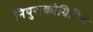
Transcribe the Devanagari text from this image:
नियुरोकोग्निटिव